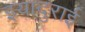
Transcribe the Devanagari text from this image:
इयादुराई